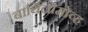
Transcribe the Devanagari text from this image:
बार्थिलोमोव्ह